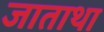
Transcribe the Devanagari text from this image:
जाताथा